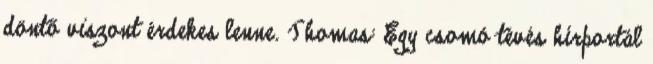
döntő viszont érdekes lenne. Thomas: Egy csomó tévés hírportál